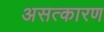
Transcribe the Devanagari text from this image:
असत्कारण